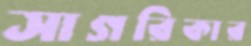
সাগরিকার